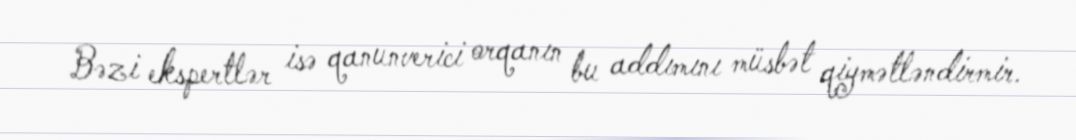
Bəzi ekspertlər isə qanunverici orqanın bu addımını müsbət qiymətləndirmir.